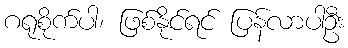
ဂရုစိုက်ပါ၊ ဖြစ်နိုင်ရင် ပြန်လာပါဦး